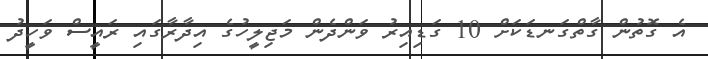
އެ ގޮތުން ގާތްގަނޑަކަށް 10 ގަޑިއިރު ވަންދެން މަޖިލީހުގެ އިދާރާގައި ރައީސް ވަހީދު